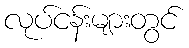
လုပ်ငန်းများတွင်